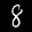
Label: 8